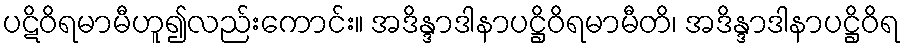
ပဋိဝိရမာမီဟူ၍လည်းကောင်း။ အဒိန္ဒာဒါနာပဋ္ဌိဝိရမာမီတိ၊ အဒိန္ဒာဒါနာပဋ္ဌိဝိရ